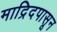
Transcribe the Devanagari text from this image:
माद्रिदपासून